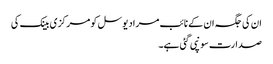
ان کی جگہ ان کے نائب مراد یوسل کو مرکزی بینک کی
صدارت سونپی گئی ہے۔